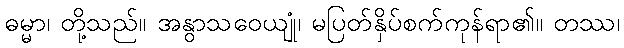
ဓမ္မာ၊ တို့သည်။ အနွာသဝေယျုံ၊ မပြတ်နှိပ်စက်ကုန်ရာ၏။ တဿ၊